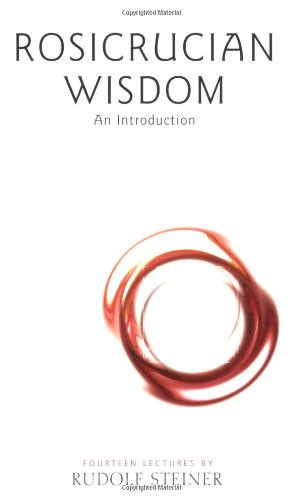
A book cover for Rosicrucian Wisdom; Rudolf Steiner; Religion & Spirituality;